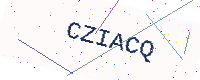
Text: CZIACQ